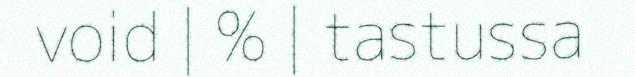
void | % | tastussa